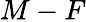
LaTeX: M-F